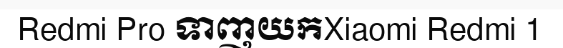
Redmi Pro ទាញយកXiaomi Redmi 1